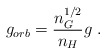
\begin{align*}g_{orb}=\frac{n_{G}^{1/2}}{n_{H}}g \ .\end{align*}